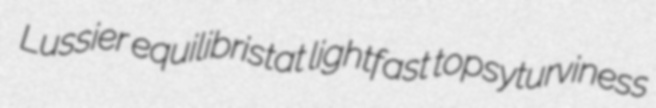
Lussier equilibristat lightfast topsyturviness